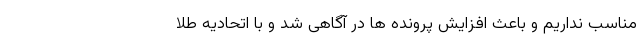
مناسب نداریم و باعث افزایش پرونده ها در آگاهی شد و با اتحادیه طلا